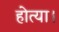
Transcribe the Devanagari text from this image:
होत्या।